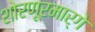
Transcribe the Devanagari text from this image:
शोरणूरमार्गे